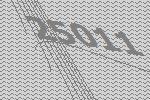
25011